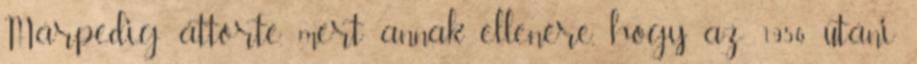
Márpedig áttörte, mert annak ellenére, hogy az 1956 utáni